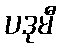
ပဒုမီ